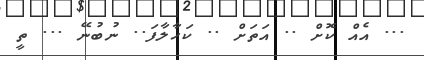
... އެއް ކޮށް .. އަތަށް .. ކަހާލާފަ.. ނުބުނޭ ... ތީ